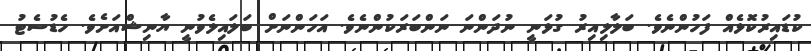
ކުޑައިރުކޮޅެއް ފަހުންނެވެ. ބަލާލިއިރު ގުޅަނީ ނުދަންނަ ނަންބަރަކުންނެވެ. އަހަންނަށް ބަލައިލެވުނީ ޔާނިޝްއަށެވެ. ހެޑުސެޓު